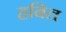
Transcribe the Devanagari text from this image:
हबित